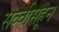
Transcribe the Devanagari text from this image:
सव्वीसहून